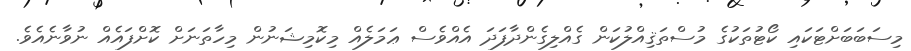
މިސަބަބަށްޓަކައި ކޯޓުތަކުގެ މުސްތަޤިއްލުކަން ގެއްލިގެންދާފަދަ އެއްވެސް ޢަމަލެއް މިކޮމިޝަނުން މިހާތަނަށް ކޮށްފައެއް ނުވާނެއެވެ.